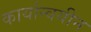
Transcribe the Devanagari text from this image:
कार्यान्वयीन